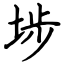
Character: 埗